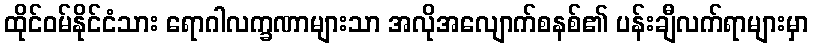
ထိုင်ဝမ်နိုင်ငံသား ရောဂါလက္ခဏာများသာ အလိုအလျောက်စနစ်၏ ပန်းချီလက်ရာများမှာ